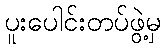
ပူးပေါင်းတပ်ဖွဲ့မှ